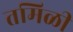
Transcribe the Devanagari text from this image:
तमिळी